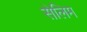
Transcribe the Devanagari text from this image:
सेलिम